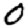
Digit: 0